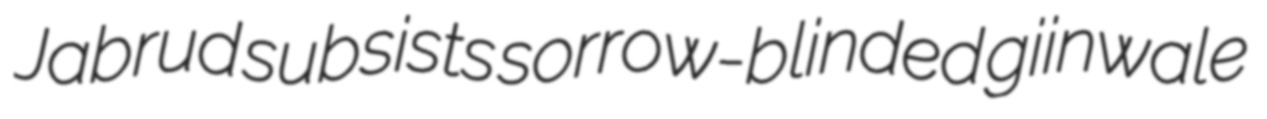
Jabrud subsists sorrow-blinded giinwale